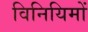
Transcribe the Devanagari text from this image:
विनियिमों